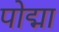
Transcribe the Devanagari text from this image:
पोद्मा